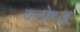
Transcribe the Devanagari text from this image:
क्लोथ्ड